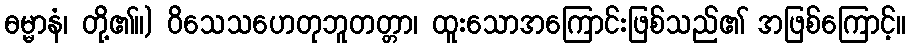
ဓမ္မာနံ၊ တို့၏။) ဝိသေသဟေတုဘူတတ္တာ၊ ထူးသောအကြောင်းဖြစ်သည်၏ အဖြစ်ကြောင့်။